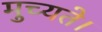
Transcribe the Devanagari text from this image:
मुच्यते।